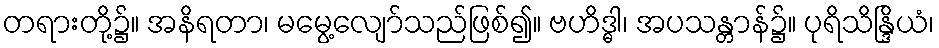
တရားတို့၌။ အနိရတာ၊ မမွေ့လျော်သည်ဖြစ်၍။ ဗဟိဒ္ဓါ၊ အပသန္တာန်၌။ ပုရိသိန္ဒြိယံ၊